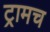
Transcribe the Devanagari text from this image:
ट्रामच